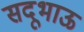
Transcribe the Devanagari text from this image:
सदूभाऊ